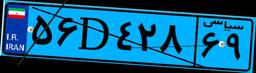
۵۶D۴۲۸۶۹